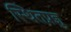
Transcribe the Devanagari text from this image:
स्थितप्रज्ञु